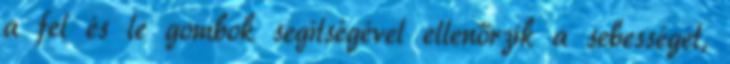
a fel és le gombok segítségével ellenőrzik a sebességet,